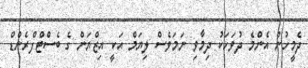
ދެމީހުން އެންމެ ދުވަހަކު ދިމާވި ނަމަވެސް ލިޔަމް އަކީ އިޒްޔަން ގެ ބެސްޓްފްރެންޑް